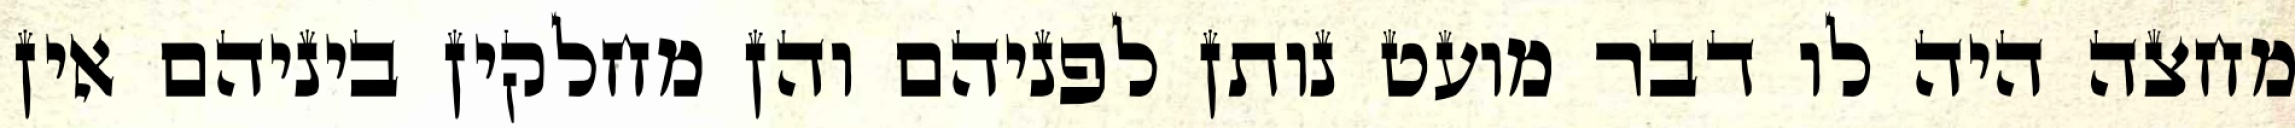
מחצה היה לו דבר מועט נותן לפניהם והן מחלקין ביניהם אין